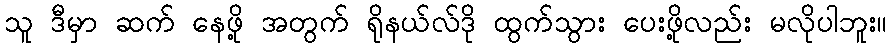
သူ ဒီမှာ ဆက် နေဖို့ အတွက် ရိုနယ်လ်ဒို ထွက်သွား ပေးဖို့လည်း မလိုပါဘူး။